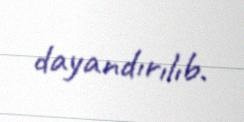
dayandırılıb.